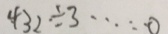
4 3 2 \div 3 \cdots 0